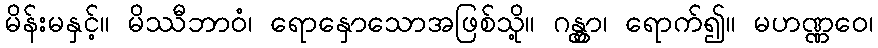
မိန်းမနှင့်။ မိဿီဘာဝံ၊ ရောနှောသောအဖြစ်သို့။ ဂန္တွာ၊ ရောက်၍။ မဟဏ္ဏဝေ၊